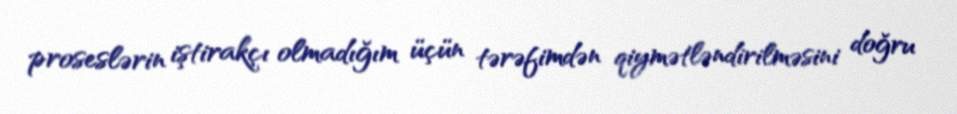
proseslərin iştirakçı olmadığım üçün tərəfimdən qiymətləndirilməsini doğru